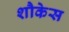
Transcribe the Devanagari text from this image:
शौकेस